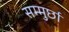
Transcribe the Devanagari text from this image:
सम्मुर्छा